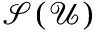
\mathcal { S } ( \mathcal { U } )